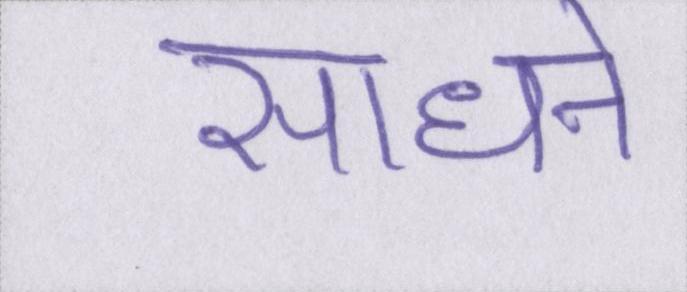
साधने